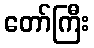
တော်ကြီး